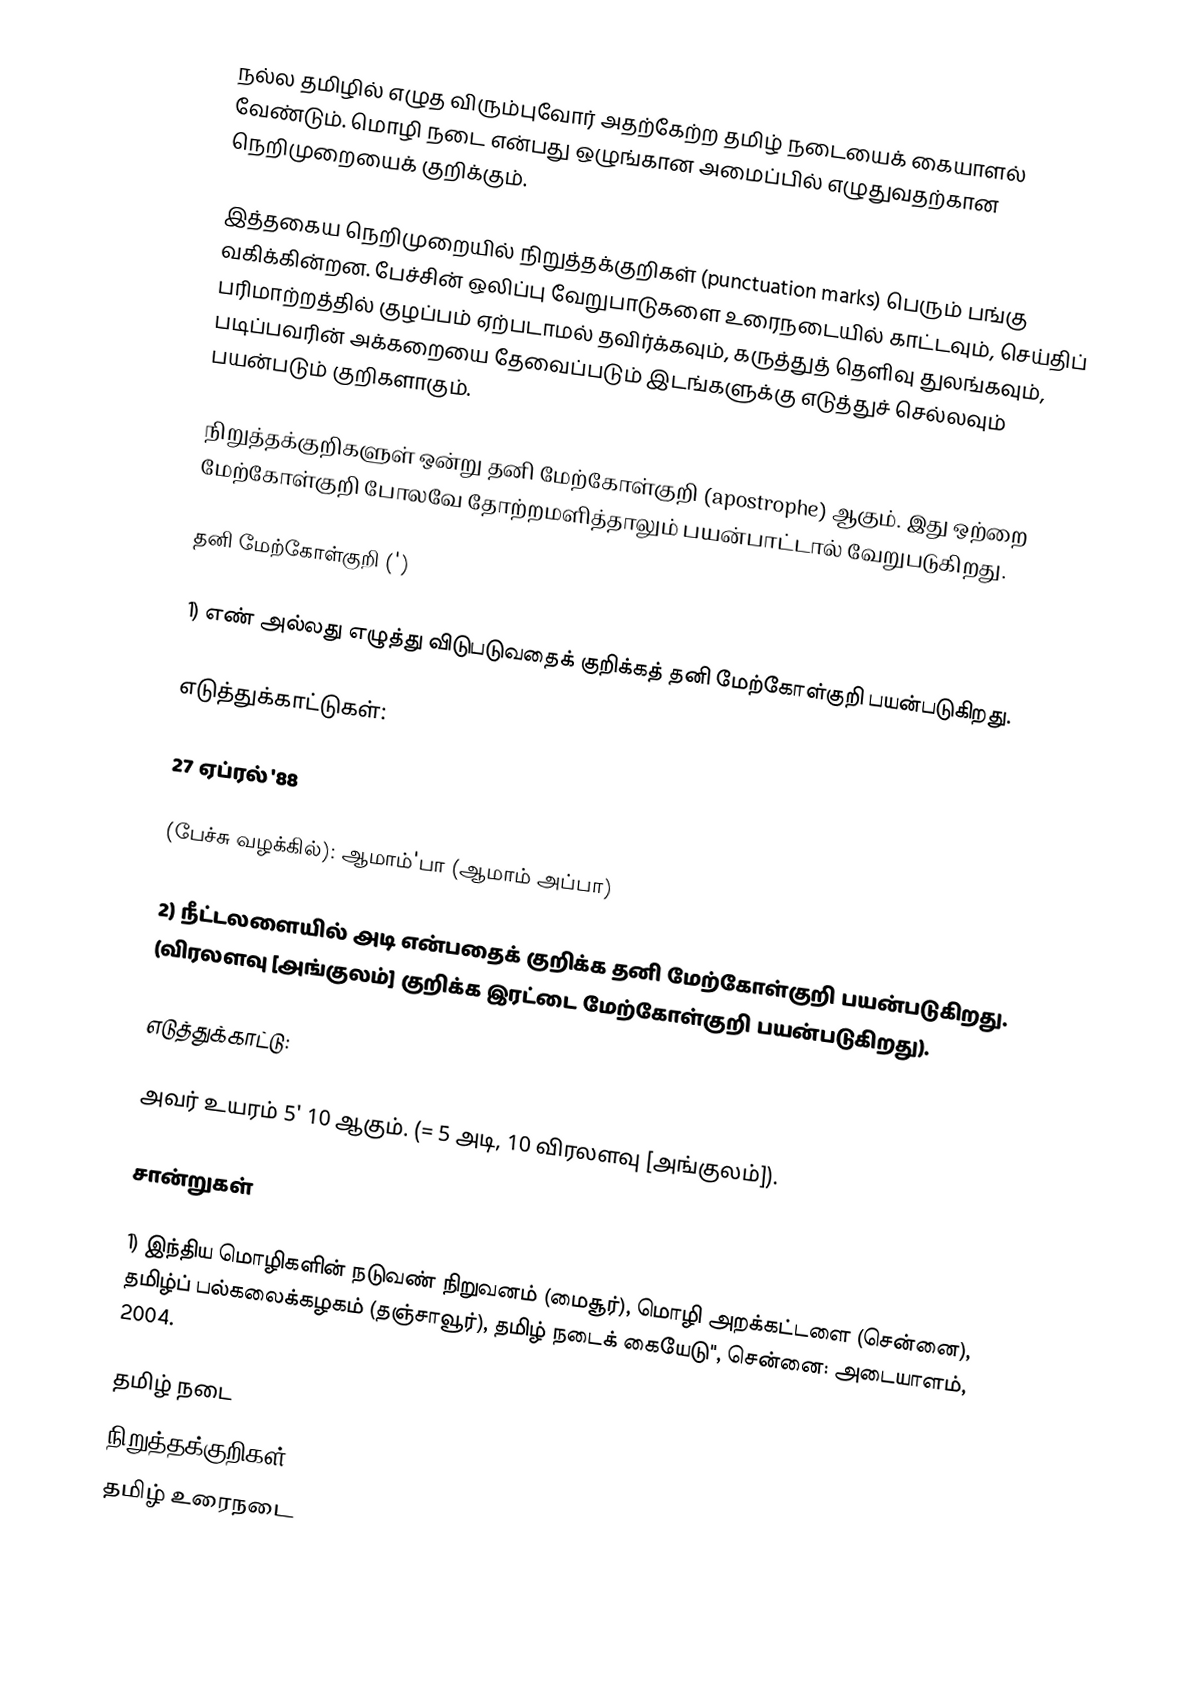
நல்ல தமிழில் எழுத விரும்புவோர் அதற்கேற்ற தமிழ் நடையைக் கையாளல் வேண்டும். மொழி நடை என்பது ஒழுங்கான அமைப்பில் எழுதுவதற்கான நெறிமுறையைக் குறிக்கும்.

இத்தகைய நெறிமுறையில்  நிறுத்தக்குறிகள் (punctuation marks) பெரும் பங்கு வகிக்கின்றன. பேச்சின் ஒலிப்பு வேறுபாடுகளை உரைநடையில் காட்டவும், செய்திப் பரிமாற்றத்தில் குழப்பம் ஏற்படாமல் தவிர்க்கவும், கருத்துத் தெளிவு துலங்கவும், படிப்பவரின் அக்கறையை தேவைப்படும் இடங்களுக்கு எடுத்துச் செல்லவும் பயன்படும் குறிகளாகும்.

நிறுத்தக்குறிகளுள் ஒன்று தனி மேற்கோள்குறி (apostrophe) ஆகும். இது ஒற்றை மேற்கோள்குறி போலவே தோற்றமளித்தாலும் பயன்பாட்டால் வேறுபடுகிறது.

தனி மேற்கோள்குறி (')

1) எண் அல்லது எழுத்து விடுபடுவதைக் குறிக்கத் தனி மேற்கோள்குறி பயன்படுகிறது.

எடுத்துக்காட்டுகள்:

27 ஏப்ரல் '88

(பேச்சு வழக்கில்): ஆமாம்'பா (ஆமாம் அப்பா)

2) நீட்டலளையில் அடி என்பதைக் குறிக்க தனி மேற்கோள்குறி பயன்படுகிறது. (விரலளவு [அங்குலம்] குறிக்க இரட்டை மேற்கோள்குறி பயன்படுகிறது).

எடுத்துக்காட்டு:

 அவர் உயரம் 5' 10 ஆகும். (= 5 அடி, 10 விரலளவு [அங்குலம்]).

சான்றுகள்

1) இந்திய மொழிகளின் நடுவண் நிறுவனம் (மைசூர்), மொழி அறக்கட்டளை (சென்னை), தமிழ்ப் பல்கலைக்கழகம் (தஞ்சாவூர்), தமிழ் நடைக் கையேடு'', சென்னை: அடையாளம், 2004.

தமிழ் நடை
நிறுத்தக்குறிகள்
தமிழ் உரைநடை